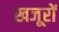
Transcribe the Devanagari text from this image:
ख़जूरों